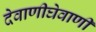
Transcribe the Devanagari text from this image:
देवाणीघेवाणी